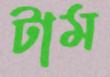
টাম